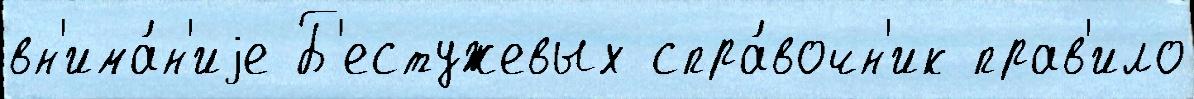
вн'има́н'иjе Б'естужевых спра́вочн'ик прав'ило